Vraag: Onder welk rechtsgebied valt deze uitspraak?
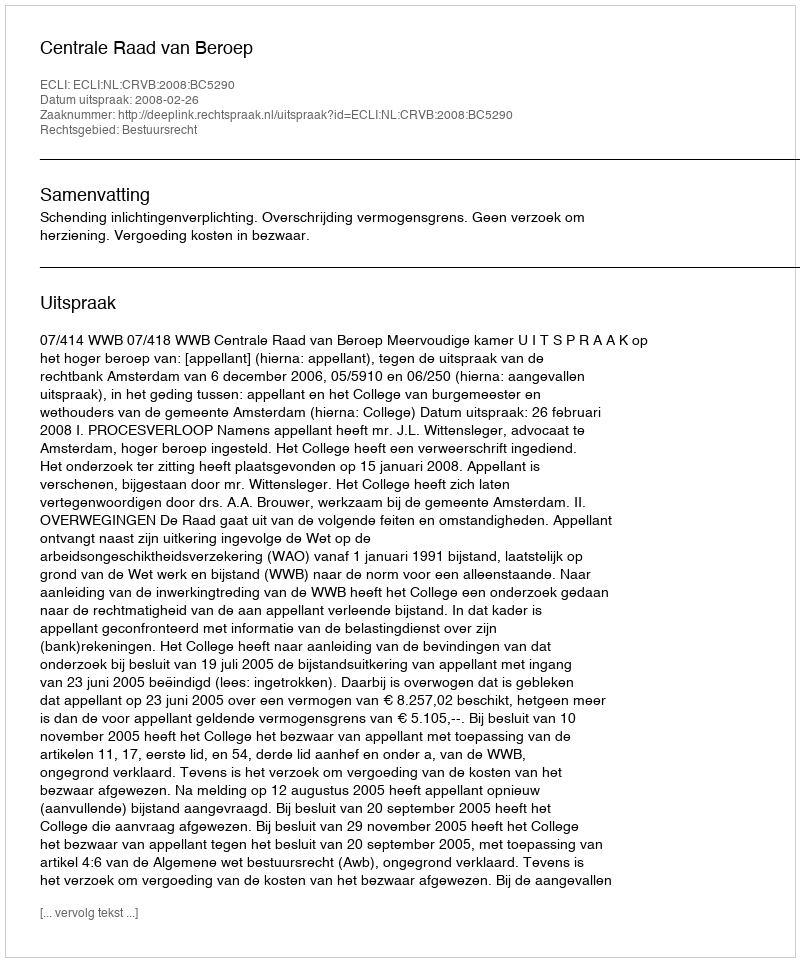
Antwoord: Bestuursrecht